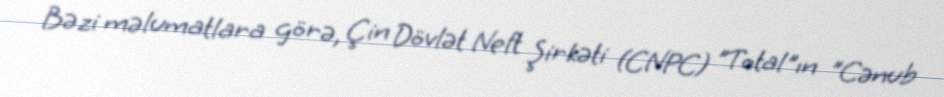
Bəzi məlumatlara görə, Çin Dövlət Neft Şirkəti (CNPC) "Total"ın "Cənub